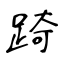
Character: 踦